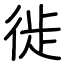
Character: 徙